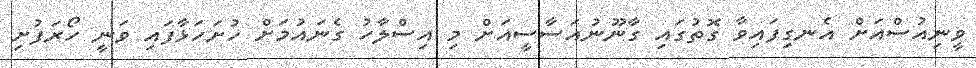
ވީނިއުސްއަށް އެނގިފައިވާ ގޮތުގައި ގާނޫނުއަސާސީއަށް މި އިސްލާހު ގެނައުމަށް ހުށަހަޅާފައި ވަނީ ހޯރަފުށި